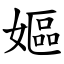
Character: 嫗